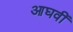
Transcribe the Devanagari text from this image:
आघवीं